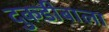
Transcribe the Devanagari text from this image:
दुकडीबाला